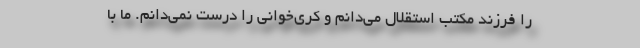
را فرزند مکتب استقلال می‌دانم و کری‌خوانی را درست نمی‌دانم. ما با